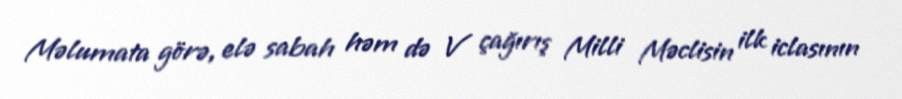
Məlumata görə, elə sabah həm də V çağırış Milli Məclisin ilk iclasının